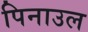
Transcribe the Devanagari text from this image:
पिनाउल